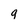
Character: q